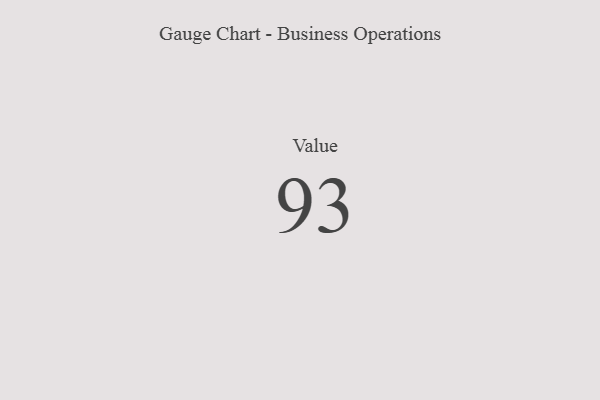
{"axis": {"x": "Metric", "y": "Value"}, "legend": [""], "data": [{"x": "Value", "y": 93, "type": ""}]}